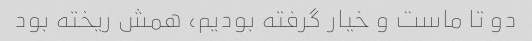
دو تا ماست و خیار گرفته بودیم، همش ریخته بود